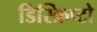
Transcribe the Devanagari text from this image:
डिस्क्रिप्टो